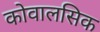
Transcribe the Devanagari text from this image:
कोवालसिक